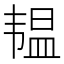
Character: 韫